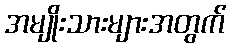
အမျိုးသားများအတွက်